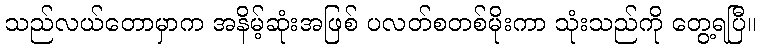
သည်လယ်တောမှာက အနိမ့်ဆုံးအဖြစ် ပလတ်စတစ်မိုးကာ သုံးသည်ကို တွေ့ရပြီ။